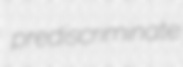
prediscriminate